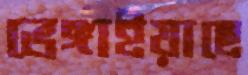
ভেঙ্গাইয়াছে